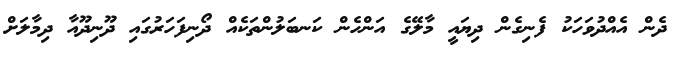
ދެން އެއްދުވަހަކު ފެނިގެން ދިޔައީ މާލޭގެ އަންހެން ކަނބަލުންތަކެއް ދޯނިފަހަރުގައި ދޫނިދޫއާ ދިމާލަށް